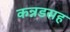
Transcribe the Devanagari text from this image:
कन्नडसह